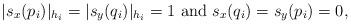
LaTeX: \begin{align*}|s_x(p_i)|_{h_i }=|s_y(q_i)|_{h_i}=1~{\rm and}~ s_x(q_i)= s_y(p_i)=0,\end{align*}